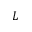
L